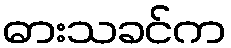
ဓားသခင်က